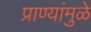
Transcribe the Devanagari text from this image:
प्राण्यांमुळे